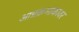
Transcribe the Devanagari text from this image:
आग्रक्रमांकावर